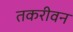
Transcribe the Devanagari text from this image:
तकरीवन